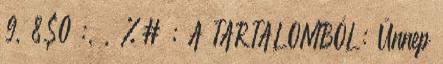
9, 8$0 :, , %# ; A TARTALOMBÓL: Ünnep